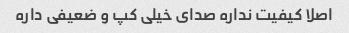
اصلا کیفیت نداره صدای خیلی کپ و ضعیفی داره